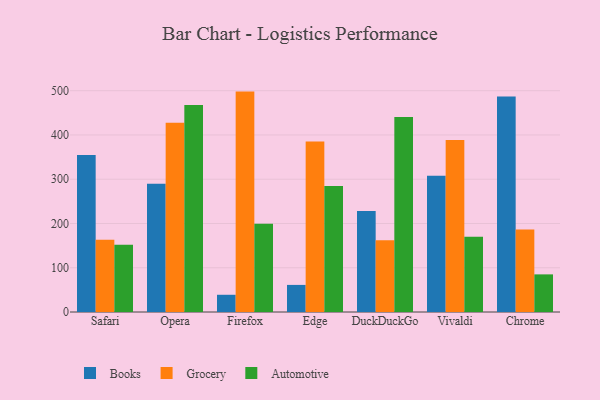
{"axis": {"x": "Browser", "y": "LTV (USD)"}, "legend": ["Automotive", "Books", "Grocery"], "data": [{"x": "Safari", "y": 354.8, "type": "Books"}, {"x": "Safari", "y": 163.5, "type": "Grocery"}, {"x": "Safari", "y": 152.0, "type": "Automotive"}, {"x": "Opera", "y": 289.8, "type": "Books"}, {"x": "Opera", "y": 427.4, "type": "Grocery"}, {"x": "Opera", "y": 467.8, "type": "Automotive"}, {"x": "Firefox", "y": 38.9, "type": "Books"}, {"x": "Firefox", "y": 498.0, "type": "Grocery"}, {"x": "Firefox", "y": 199.6, "type": "Automotive"}, {"x": "Edge", "y": 61.2, "type": "Books"}, {"x": "Edge", "y": 385.3, "type": "Grocery"}, {"x": "Edge", "y": 284.6, "type": "Automotive"}, {"x": "DuckDuckGo", "y": 228.3, "type": "Books"}, {"x": "DuckDuckGo", "y": 162.3, "type": "Grocery"}, {"x": "DuckDuckGo", "y": 440.7, "type": "Automotive"}, {"x": "Vivaldi", "y": 308.0, "type": "Books"}, {"x": "Vivaldi", "y": 388.5, "type": "Grocery"}, {"x": "Vivaldi", "y": 169.8, "type": "Automotive"}, {"x": "Chrome", "y": 486.9, "type": "Books"}, {"x": "Chrome", "y": 186.3, "type": "Grocery"}, {"x": "Chrome", "y": 85.0, "type": "Automotive"}]}